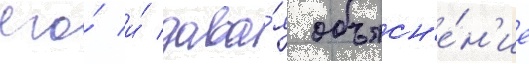
его́ и́ дава́я объясн'е́н'ие